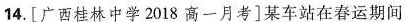
14.[广西桂林中学2018高一月考]某车站在春运期间